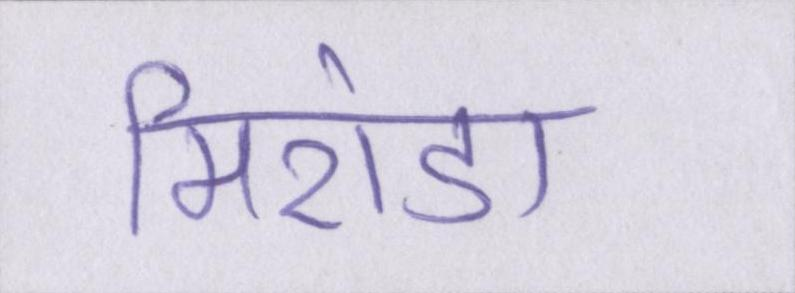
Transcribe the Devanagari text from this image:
मिरांडा